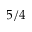
5 / 4